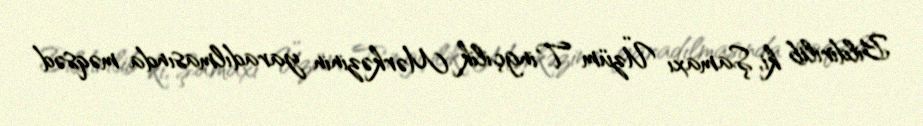
Bildirilib ki, Şamaxı Üzüm Tingçilik Mərkəzinin yaradılmasında məqsəd